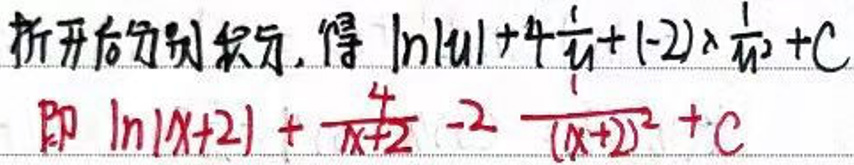
拆开后分别积分，得\(\ln\left|u\right|+4\frac{1}{u}+(-2)\frac{1}{u^{2}}+C\)

即\(\ln\left|x+2\right|+\frac{4}{x+2}-2\frac{1}{(x + 2)^{2}}+C\)